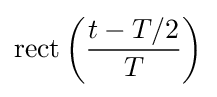
\mathrm {rect} \left({\frac {t-T/2}{T}}\right)